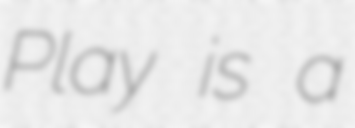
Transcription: Play is a